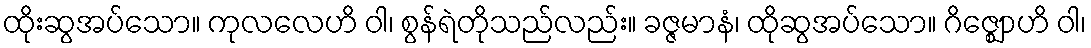
ထိုးဆွအပ်သော။ ကုလလေဟိ ဝါ၊ စွန်ရဲတိုသည်လည်း။ ခဇ္ဇမာနံ၊ ထိုဆွအပ်သော။ ဂိဇ္ဈောဟိ ဝါ၊